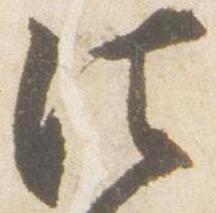
法